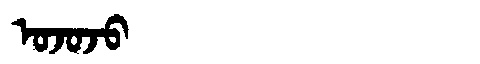
Manchu: ᠣᠵᠣᠵᠣ
Romanization: OJOJO